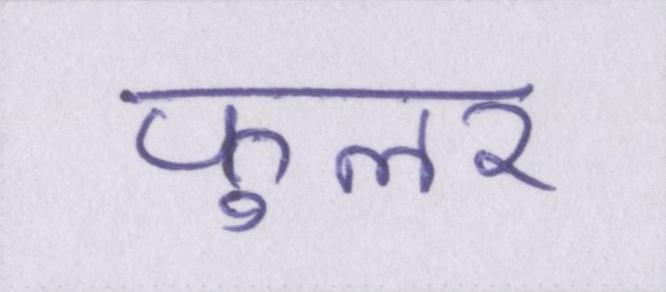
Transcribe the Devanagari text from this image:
फुलर